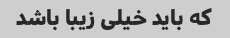
که باید خیلی زیبا باشد